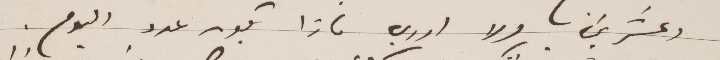
وعشرين ولا ادري ماذا يكون عدد اليوم.